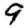
Digit: 9